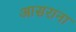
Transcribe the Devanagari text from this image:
आसराना